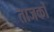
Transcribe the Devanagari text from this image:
ताजकों